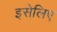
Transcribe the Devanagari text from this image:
इसेलिए